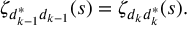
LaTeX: \zeta _ { d _ { k - 1 } ^ { * } d _ { k - 1 } } ( s ) = \zeta _ { d _ { k } d _ { k } ^ { * } } ( s ) .